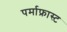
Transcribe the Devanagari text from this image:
पर्माफ्रास्ट